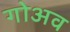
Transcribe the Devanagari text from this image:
गोअव